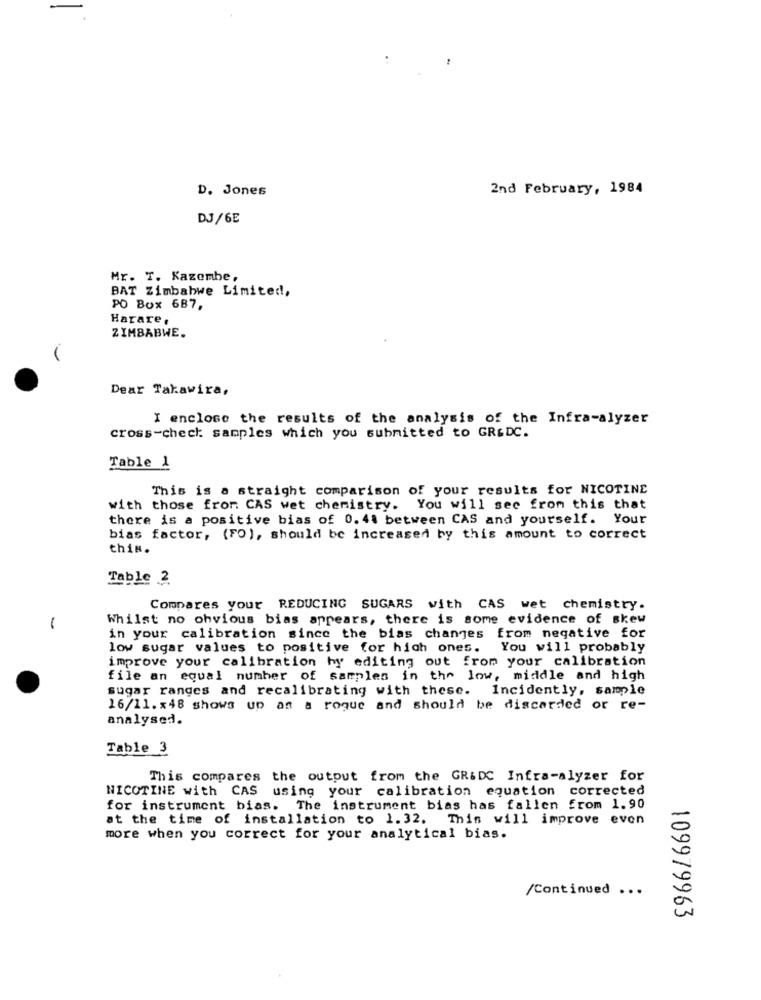
D. Jones
2nd February, 1984
DJ/6E
Mr. T. Kazembe,
BAT Zimbabwe Limited,
PO Box 687,
Harare ,
ZIMBABWE.
Dear Takawira,
I enclose the results of the analysis of the Infra-alyzer
cross-check: samples which you submitted to GR&DC.
Table 1
This is a straight comparison of your results for NICOTINE
with those fror CAS wet chemistry. You will see from this that
there is a positive bias of 0. 41 between CAS and yourself. Your
bias factor, (FO), should be increased by this amount to correct
this.
Table 2
Compares your REDUCING SUGARS with CAS wet chemistry.
Whilst no obvious bias appears, there is some evidence of skew
in your calibration since the bias changes from negative for
low sugar values to positive for high ones. You will probably
improve your calibration by editing out from your calibration
file an equal number of samples in the low, middle and high
sugar ranges and recalibrating with these. Incidently, sample
16/11.x48 shows up as a rogue and should be discarded or re-
analysed.
Table 3
This compares the output from the GR&DC Infra-alyzer for
NICOTINE with CAS using your calibration equation corrected
for instrument bias. The instrument bias has fallen from 1.90
at the time of installation to 1.32. This will improve even
more when you correct for your analytical bias.
/Continued ...
109979963